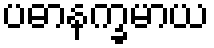
ပဓာနက္ခမာယ